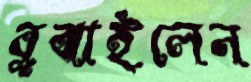
বুঝাইলেন